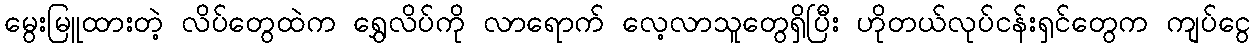
မွေးမြူထားတဲ့ လိပ်တွေထဲက ရွှေလိပ်ကို လာရောက် လေ့လာသူတွေရှိပြီး ဟိုတယ်လုပ်ငန်းရှင်တွေက ကျပ်ငွေ